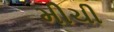
મીચી